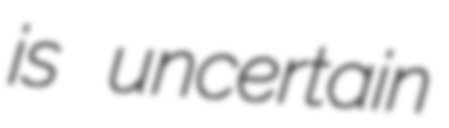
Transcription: is uncertain